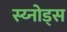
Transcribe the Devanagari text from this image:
स्य्नोड्स